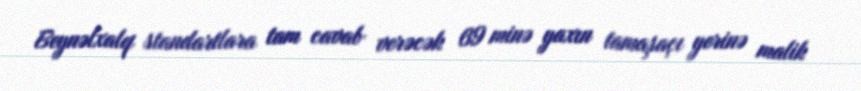
Beynəlxalq standartlara tam cavab verəcək 69 minə yaxın tamaşaçı yerinə malik